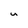
Character: u